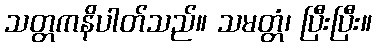
သတ္တကနိပါတ်သည်။ သမတ္တံ၊ ပြီးပြီး။